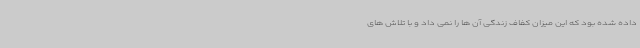
داده شده بود که این میزان کفاف زندگی آن ها را نمی داد و با تلاش های